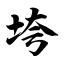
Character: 垮